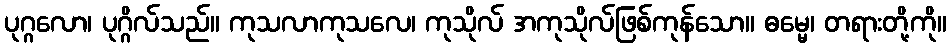
ပုဂ္ဂလော၊ ပုဂ္ဂိလ်သည်။ ကုသလာကုသလေ၊ ကုသိုလ် အကုသိုလ်ဖြစ်ကုန်သော။ ဓမ္မေ၊ တရားတို့ကို။